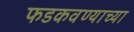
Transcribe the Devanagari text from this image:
फडकवण्याच्या